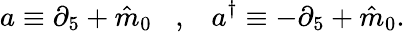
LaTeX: a\equiv\partial_{5}+{\hat{m}}_{0}\; \; \; ,\; \; \; a^{\dagger}\equiv-\partial_{5}+{\hat{m}}_{0}.